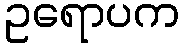
ဥရောပက